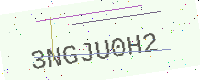
Text: 3NGJU0H2